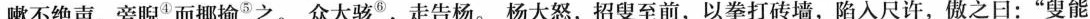
嗽不绝声，旁睨④而揶揄5之。众大骇⑤，走告杨。杨大怒，招叟至前，以拳打砖墙，陷入尺许，傲之日：”叟能